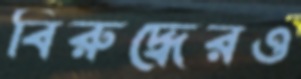
বিরুদ্ধেরও